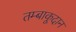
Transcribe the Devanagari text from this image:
तम्बाकूदान